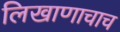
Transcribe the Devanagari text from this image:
लिखाणाचाच